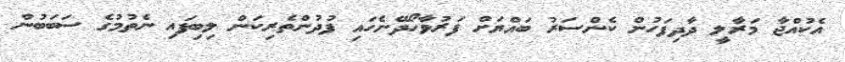
އެކުއްޖާ މަރާލީ ދާދިފަހުން ކެންސަރު ބައްޔަށް ފަރުވާހޯދޭނެހައި ފުދުންތެރިކަން ލިބިފައި ނެތުމުގެ ސަބަބުން